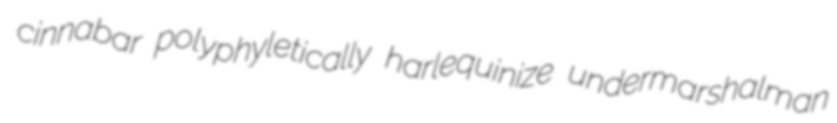
cinnabar polyphyletically harlequinize undermarshalman